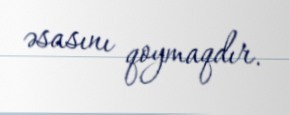
əsasını qoymaqdır.